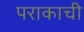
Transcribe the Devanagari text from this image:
पराकाची